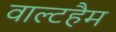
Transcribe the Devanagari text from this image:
वाल्टहैम